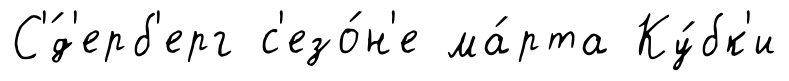
С'́д'ерб'ерг с'езо́н'е ма́рта Ку́бк'и